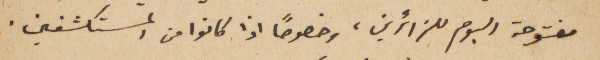
مفتوحة اليوم للزائرين، وخصوصاً اذا كانوا من المستكشفين.